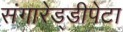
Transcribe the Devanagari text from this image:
संगारेड्डीपेटा